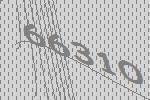
66310